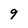
Character: 9